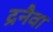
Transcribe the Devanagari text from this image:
द्रनैवा